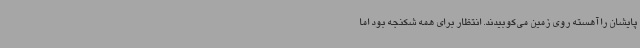
پایشان را آهسته روی زمین می‌کوبیدند. انتظار برای همه شکنجه بود اما